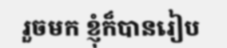
រួចមក ខ្ញុំក៏បានរៀប